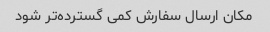
مکان ارسال سفارش کمی گسترده‌تر شود